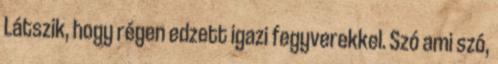
Látszik, hogy régen edzett igazi fegyverekkel. Szó ami szó,